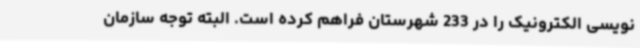
نویسی الکترونیک را در 233 شهرستان فراهم کرده است. البته توجه سازمان